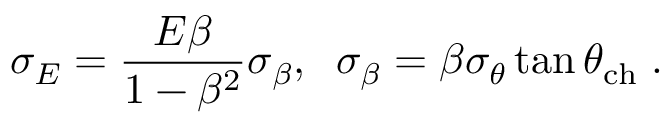
\sigma _ { E } = \frac { E \beta } { 1 - \beta ^ { 2 } } \sigma _ { \beta } , \; \; \sigma _ { \beta } = \beta \sigma _ { \theta } \tan \theta _ { \mathrm { c h } } \; .